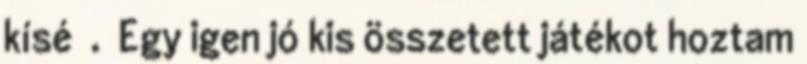
kísé . Egy igen jó kis összetett játékot hoztam